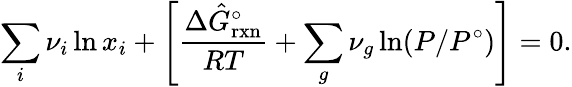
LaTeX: \sum_{i}{{\nu_{i}}\ln{x_{i}}+\left[{\frac{{\Delta\hat{G}_{\mathrm{{rxn}}}^{\circ}}}{{RT}}+\sum_{g}{{\nu_{g}}\ln(P/{P^{\circ}})}}\right]}=0.